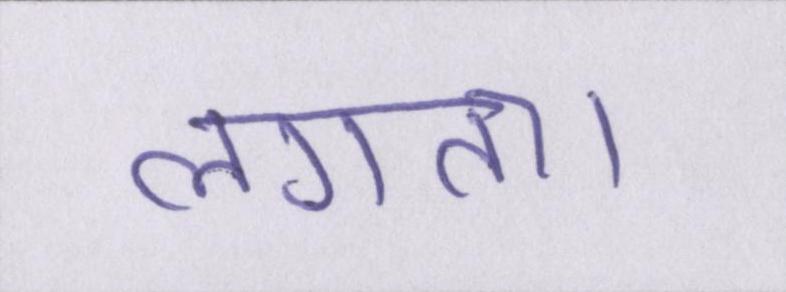
लगता।